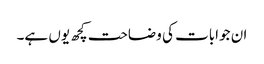
ان جوابات کی وضاحت کچھ یوں ہے۔